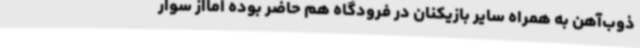
ذوب‌آهن به همراه سایر بازیکنان در فرودگاه هم حاضر بوده امااز سوار